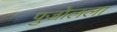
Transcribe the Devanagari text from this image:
पुजोलला